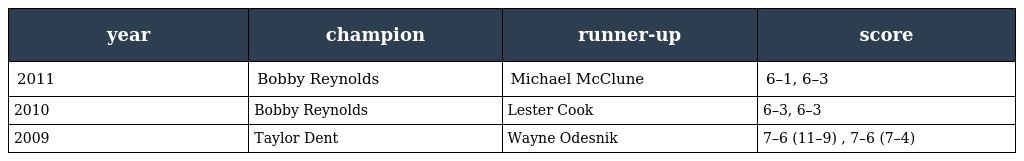
| year | champion | runner-up | score |
 | --- | --- | --- | --- |
 | 2011 | Bobby Reynolds | Michael McClune | 6–1, 6–3 |
 | 2010 | Bobby Reynolds | Lester Cook | 6–3, 6–3 |
 | 2009 | Taylor Dent | Wayne Odesnik | 7–6 (11–9) , 7–6 (7–4) |